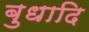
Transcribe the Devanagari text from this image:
बुधादि